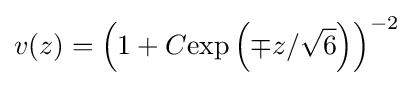
v(z)=\left(1+C\mathrm {exp} \left(\mp {z}/{\sqrt {6}}\right)\right)^{-2}